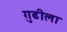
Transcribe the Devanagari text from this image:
गुढीला